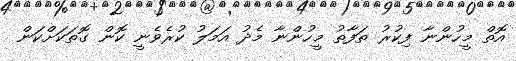
އޮތް މީހުންނާ ފިކުރު ތަފާތު މީހުންނާ މެދު އަމަލު ކުރެވެނީ ކޮން ގޮތަކަށްކަން